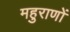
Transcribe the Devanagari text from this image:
महुराणों